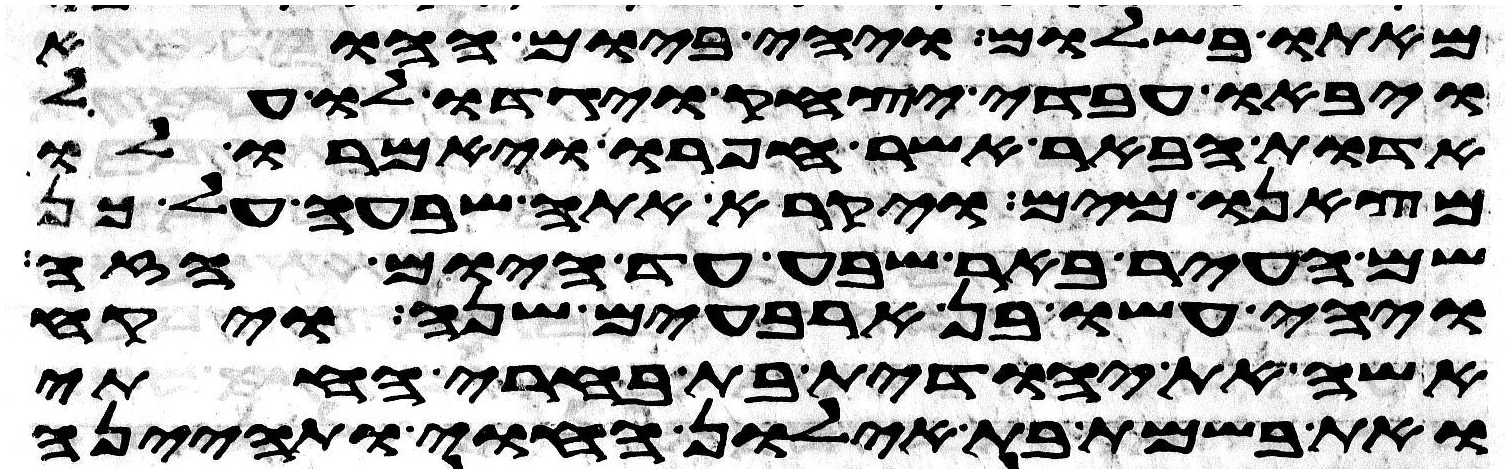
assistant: מאתו בשלום ויהי ביום ההוא
ויבאו עבדי יצחק ויגדו לו על
אדות הבאר אשר חפרו ויאמרו לו
מצאנו מים ויקרא אתה שבעה על כן
שם העיר באר שבע עד היום הזה
ויהי עשו בן ארבעים שנה ויקח
אשה את יהודית בת בארי החתי
ואת בשמת בת אילון החוי ותהיינה